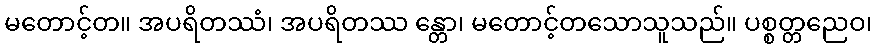
မတောင့်တ။ အပရိတဿံ၊ အပရိတဿ န္တော၊ မတောင့်တသောသူသည်။ ပစ္စတ္တညေဝ၊